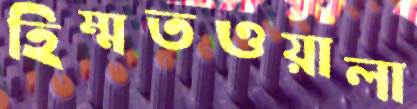
হিম্মতওয়ালা